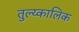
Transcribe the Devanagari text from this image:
तुल्य्कालिक